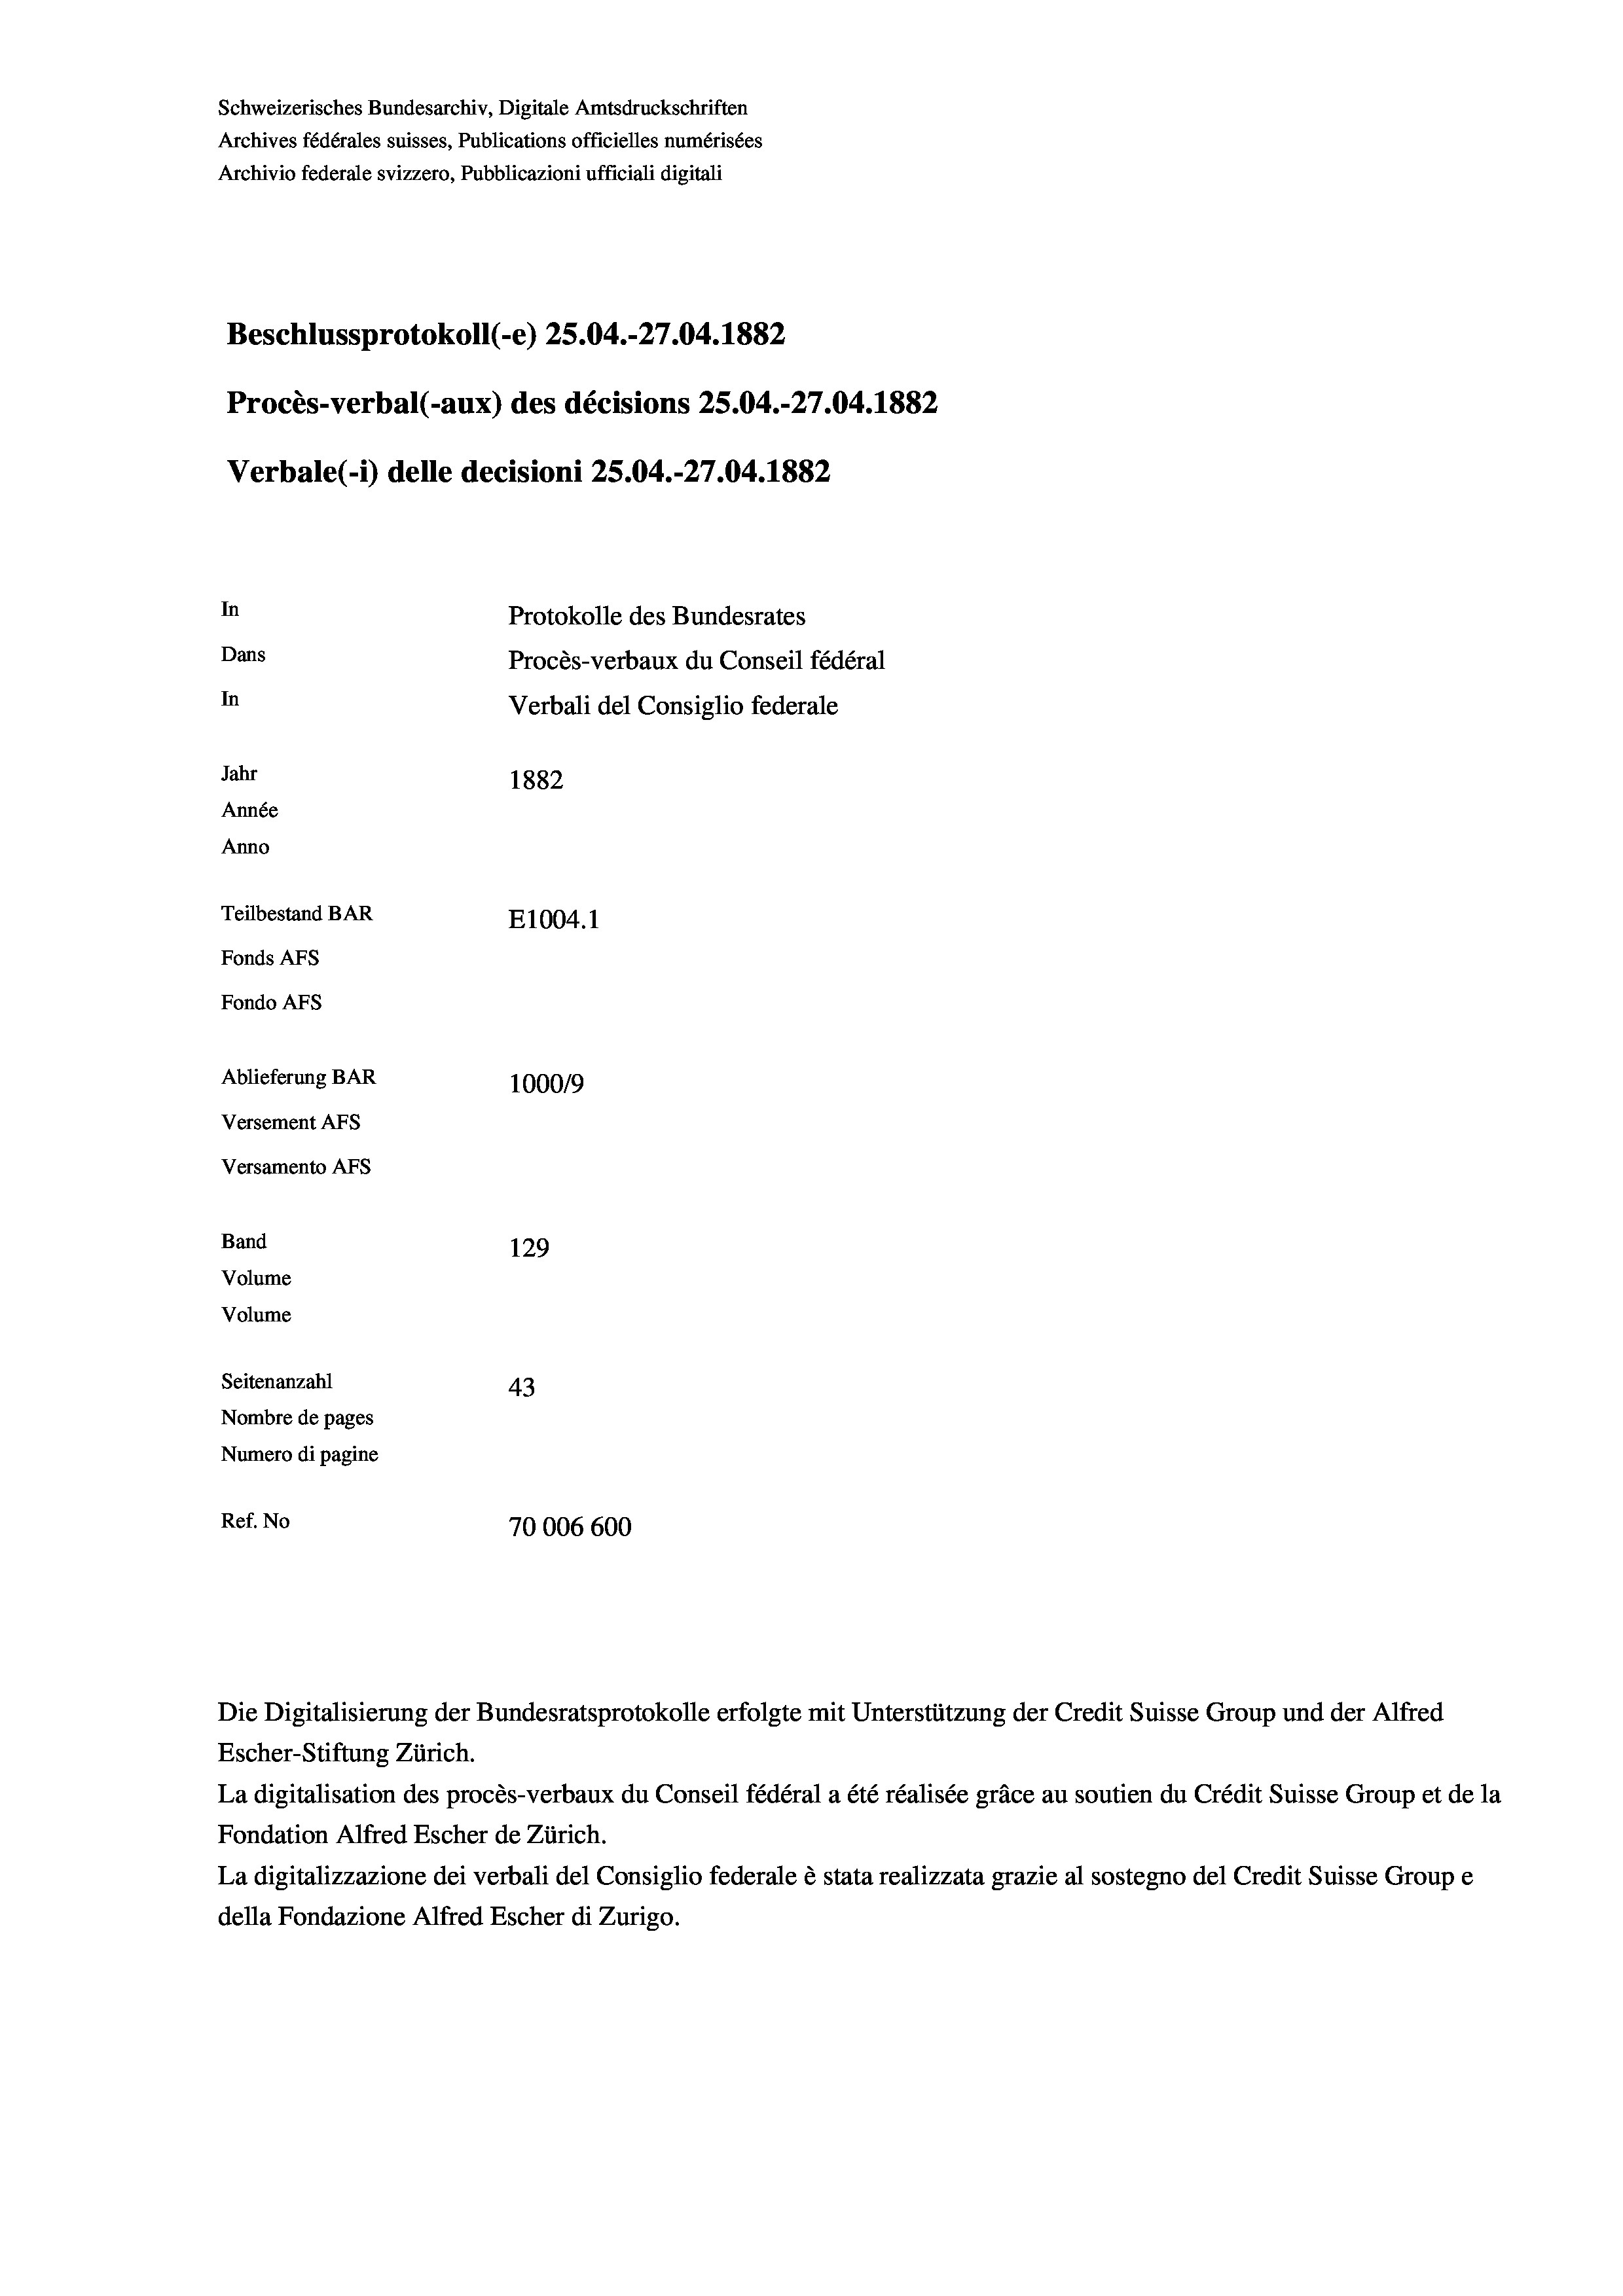
Schweizerisches Bundesarchiv, Digitale Amtsdruckschriften
Archives fédérales suisses, Publications officielles numérisées
Archivio federale svizzero, Pubblicazioni ufficiali digitali
Beschlussprotokoll (-e) 25.04.-27.04. 1882
Procès-verbal (-aux) des décisions 25.04.-27.04. 1882
Verbale(1) delle decisioni 25.04.-27.04. 1882
In
Protokolle des Bundesrates
Dans
Procès-verbaux du Conseil fédéral
In
Verbali del Consiglio federale
Jahr
1882
Année
Anno
Teilbestand BAR
E1004. 1
Fonds AFs
Fondo Afs
Ablieferung BAR
100019
Versement AFs
Versamento Afs
Band
129
Volume
Volume
Seitenanzahl
43
Nombre de pages
Numero di pagine
Ref. No
70006600

Escher-Stiftung Zürich.
La digitalisation des procès-verbaux du Conseil fédéral a été réalisée gräce au soutien du Crédit Suisse Group et de la
Fondation Alfred Escher de Zürich.
La digitalizzazione dei verbali del Consiglio federale è stata realizzata grazie al sostegno del Credit Suisse Groupe
della Fondazione Alfred Escher di Zurigo.

Die Digitalisierung der Bundesratsprotokolle erfolgte mit Unterstützung der Credit Suisse Group und der Alfred